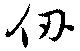
仞